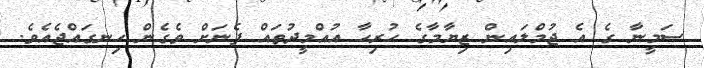
ސަމީނާ ގެ އެ ޖުމްލައިން ޒިޔާމާގެ ހުރިހާ އުއްމީދުތައް ފެނަށް ވެގެން ހިނގައްޖެއެވެ.